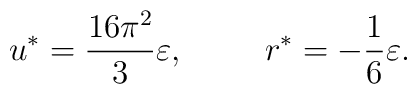
u^{*}=\frac{16\pi^2}{3}\varepsilon,\hspace{1.0cm} r^{*}=-\frac{1}{6}\varepsilon.